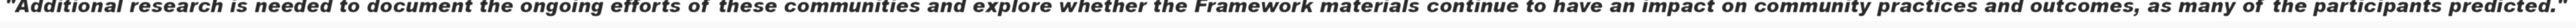
"Additional research is needed to document the ongoing efforts of these communities and explore whether the Framework materials continue to have an impact on community practices and outcomes, as many of the participants predicted."